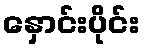
နှောင်းပိုင်း